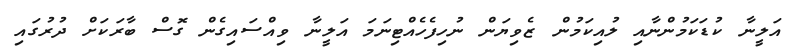
އަލީނާ ކުޑަކަމުންނާއި ލުއިކަމުން ޒެވިޔަން ނުހިފެހެއްޓިނަމަ އަލީނާ ވިއްސައިގެން ގޮސް ބާރަކަށް ދުރުގައި